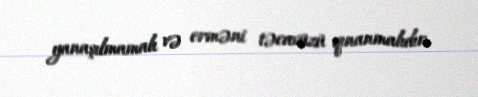
yanaşılmamalı və erməni təcavüzü qınanmalıdır.